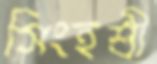
সিংহশ্রী